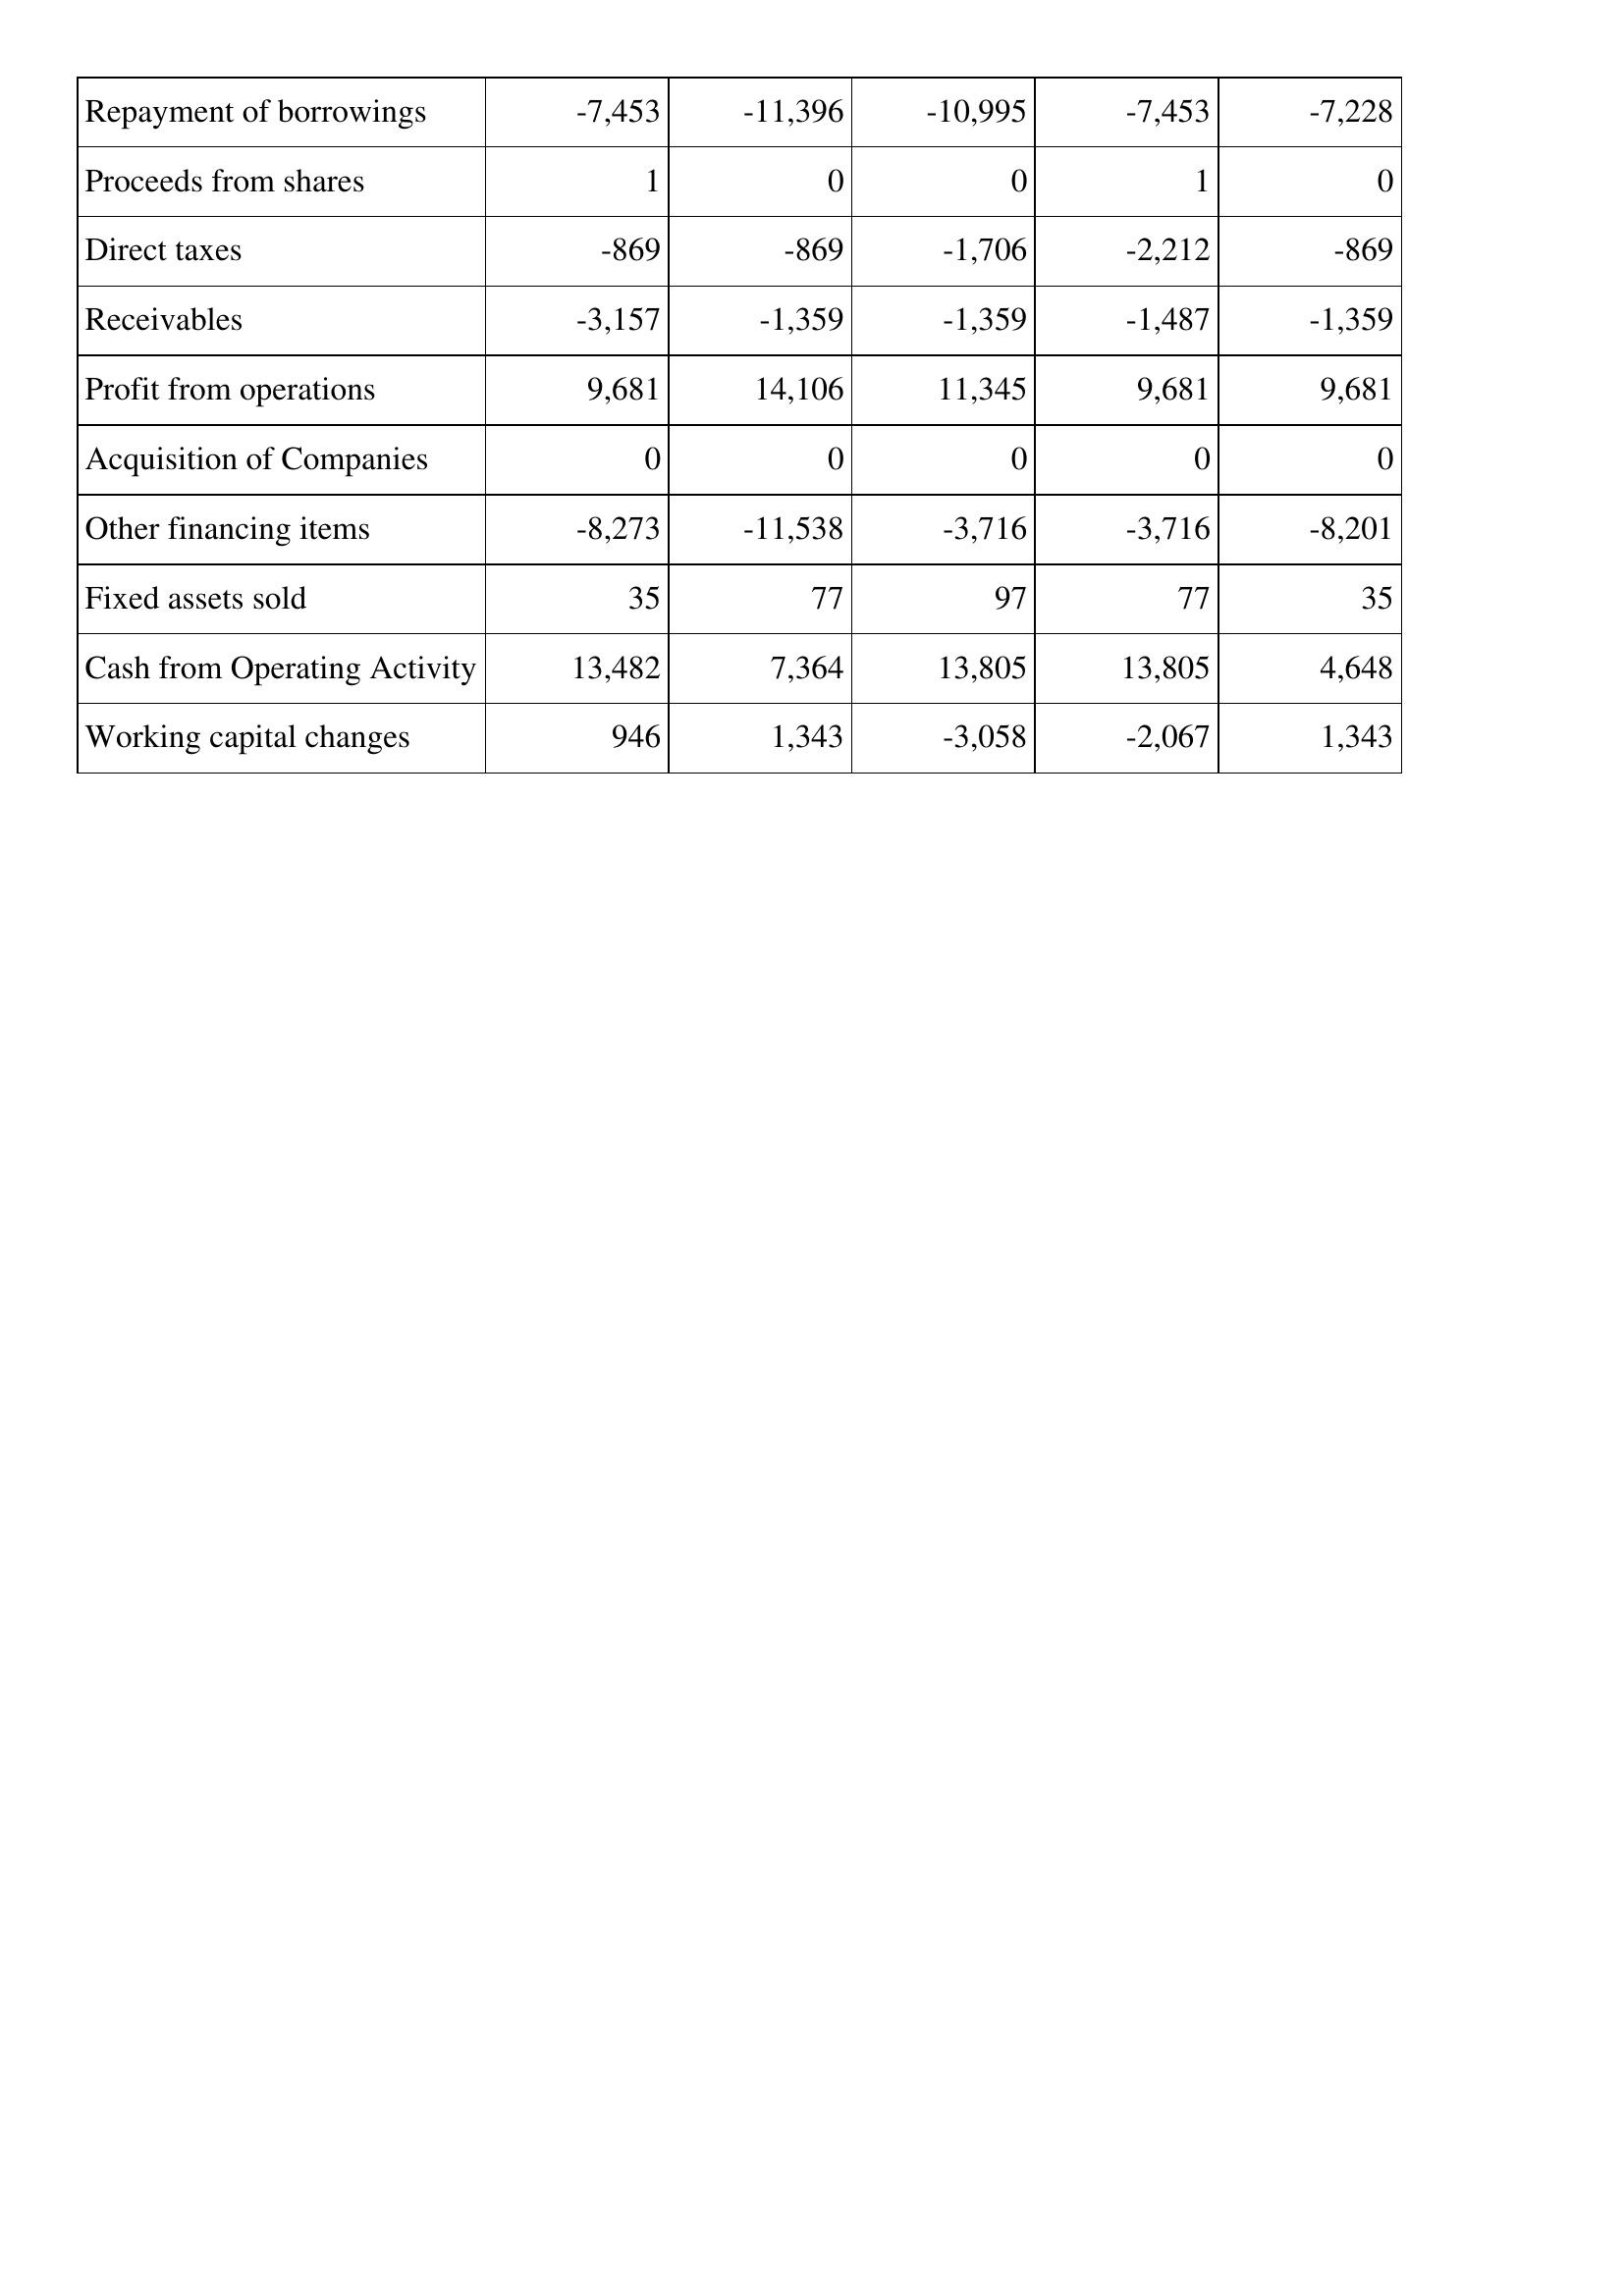
May-05: Cash Flows: Repayment of borrowings: -7,453
Proceeds from shares: 1
Direct taxes: -869
Receivables: -3,157
Profit from operations: 9,681
Acquisition of Companies: 0
Other financing items: -8,273
Fixed assets sold: 35
Cash from Operating Activity: 13,482
Working capital changes: 946
May-06: Cash Flows: Repayment of borrowings: -11,396
Proceeds from shares: 0
Direct taxes: -869
Receivables: -1,359
Profit from operations: 14,106
Acquisition of Companies: 0
Other financing items: -11,538
Fixed assets sold: 77
Cash from Operating Activity: 7,364
Working capital changes: 1,343
May-07: Cash Flows: Repayment of borrowings: -10,995
Proceeds from shares: 0
Direct taxes: -1,706
Receivables: -1,359
Profit from operations: 11,345
Acquisition of Companies: 0
Other financing items: -3,716
Fixed assets sold: 97
Cash from Operating Activity: 13,805
Working capital changes: -3,058
May-08: Cash Flows: Repayment of borrowings: -7,453
Proceeds from shares: 1
Direct taxes: -2,212
Receivables: -1,487
Profit from operations: 9,681
Acquisition of Companies: 0
Other financing items: -3,716
Fixed assets sold: 77
Cash from Operating Activity: 13,805
Working capital changes: -2,067
May-09: Cash Flows: Repayment of borrowings: -7,228
Proceeds from shares: 0
Direct taxes: -869
Receivables: -1,359
Profit from operations: 9,681
Acquisition of Companies: 0
Other financing items: -8,201
Fixed assets sold: 35
Cash from Operating Activity: 4,648
Working capital changes: 1,343